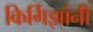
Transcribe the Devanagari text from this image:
किर्गिझांनी